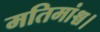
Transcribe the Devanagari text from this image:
मतिमांश्च।